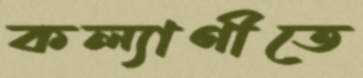
কল্যাণীতে